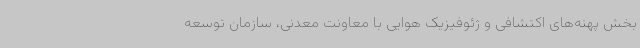
بخش پهنه‌های اکتشافی و ژئوفیزیک هوایی با معاونت معدنی، سازمان توسعه